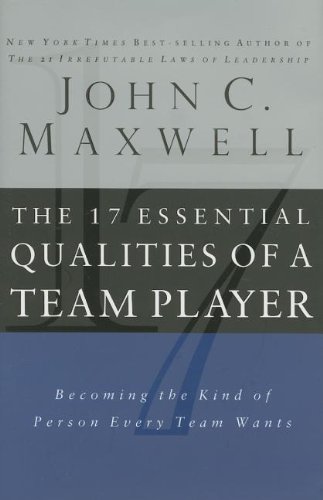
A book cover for The 17 Essential Qualities of a Team Player: Becoming the Kind of Person Every Team Wants; John C. Maxwell; Business & Money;